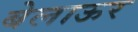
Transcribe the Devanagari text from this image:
बेलाऊर